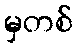
မှတစ်